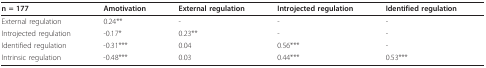
<table><thead><tr><td><b>n = 177</b></td><td><b>Amotivation</b></td><td><b>External regulation</b></td><td><b>Introjected regulation</b></td><td><b>Identified regulation</b></td></tr></thead><tbody><tr><td>External regulation</td><td>0.24**</td><td>-</td><td>-</td><td>-</td></tr><tr><td>Introjected regulation</td><td>-0.17*</td><td>0.23**</td><td>-</td><td>-</td></tr><tr><td>Identified regulation</td><td>-0.31***</td><td>0.04</td><td>0.56***</td><td>-</td></tr><tr><td>Intrinsic regulation</td><td>-0.48***</td><td>0.03</td><td>0.44***</td><td>0.53***</td></tr></tbody></table>